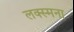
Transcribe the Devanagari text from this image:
लक्स्मना